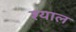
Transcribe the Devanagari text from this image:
श्याल